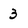
Character: 3